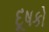
દૂષકો